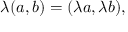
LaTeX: \lambda ( a , b ) = ( \lambda a , \lambda b ) ,